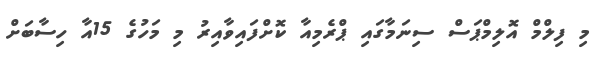
މި ފިލްމް އޮލިމްޕަސް ސިނަމާގައި ޕްރެމިއާ ކޮށްފައިވާއިރު މި މަހުގެ 15އާ ހިސާބަށް